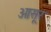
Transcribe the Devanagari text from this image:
ओसूर